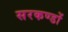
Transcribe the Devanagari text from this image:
सरकण्डों